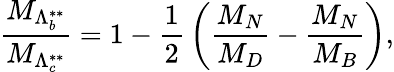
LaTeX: {\frac{M_{\Lambda_{b}^{**}}}{M_{\Lambda_{c}^{**}}}}=1-{\frac{1}{2}}\left({\frac{M_{N}}{M_{D}}}-{\frac{M_{N}}{M_{B}}}\right),